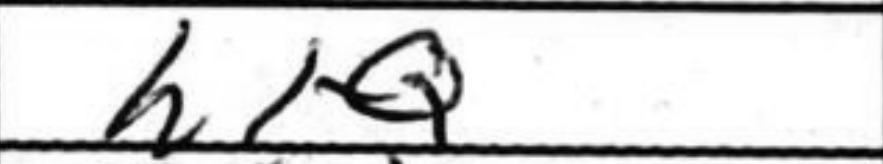
Transcription: h1Q